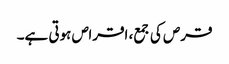
قرص کی جمع، اقراص ہوتی ہے۔